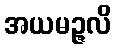
အယမဉ္ဇလိ